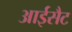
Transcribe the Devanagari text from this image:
आईसैट